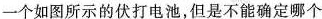
一个如图所示的伏打电池，但是不能确定哪个